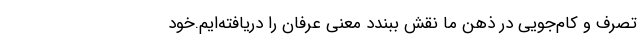
تصرف و کام‌جویی در ذهن ما نقش ببندد معنی عرفان را دریافته‌ایم.خود